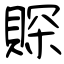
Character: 賝